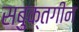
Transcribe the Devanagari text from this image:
सबुक्तगीन